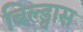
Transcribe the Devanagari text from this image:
बिल्ड्वास